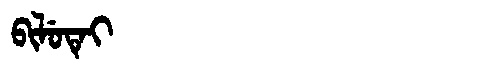
Manchu: ᠪᡳᠯᡠᡨᡝᡳ
Romanization: BILUTEI